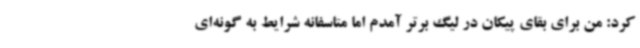
کرد: من برای بقای پیکان در لیگ برتر آمدم اما متاسفانه شرایط به گونه‌ای